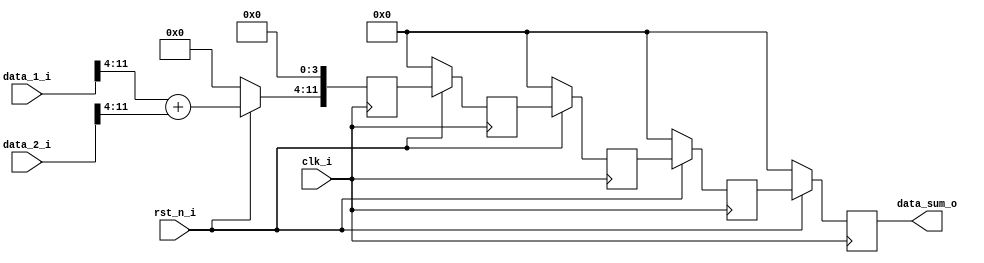
//**************************************************************************************************
// Project/Product : IDCT
// Description     : Inverse Discrete Cosine Transform 
//                   row and column 1D IDCT operation 
//                   with 3 stage pipeline in each 1D IDCT
// Dependencies    : global_defs.v, global_func.v, synch_fifo.v
// References      : 
//
//**************************************************************************************************
   
`timescale 1ns / 1ps

module add_12(
	clk_i,
	rst_n_i,

	data_1_i,
	data_2_i,
	data_sum_o
);


//----------------------------------------------------------------------------------------------------------------------
// Global constant and function headers
//----------------------------------------------------------------------------------------------------------------------

//----------------------------------------------------------------------------------------------------------------------
// parameter definitions
//----------------------------------------------------------------------------------------------------------------------

//----------------------------------------------------------------------------------------------------------------------
// localparam definitions
//----------------------------------------------------------------------------------------------------------------------

//----------------------------------------------------------------------------------------------------------------------
// I/O signals
//----------------------------------------------------------------------------------------------------------------------

	// System Clock Signals
	input 															clk_i;
	input 															rst_n_i;

	input 				[11:0] 										data_1_i;
	input 				[11:0] 										data_2_i;
	output 	reg 		[11:0] 										data_sum_o;

//----------------------------------------------------------------------------------------------------------------------
// Internal wires and registers
//----------------------------------------------------------------------------------------------------------------------
			
	reg 				[11:0] 										r_add_1;
	reg 				[11:0] 										r_add_2;
	reg 				[11:0] 										r_add_3;
	reg 				[11:0] 										r_add_4;

	reg 															r_skip;

//----------------------------------------------------------------------------------------------------------------------
// Implmentation
//----------------------------------------------------------------------------------------------------------------------

	always @(posedge clk_i) begin 
		if(~rst_n_i) begin
			r_add_1 <= 0;
		end 
		else begin
			r_add_1[11:4] <= data_1_i[11:4] + data_2_i[11:4];
			r_add_1[3:0] <= 0;
		end
	end
//  
	  always @(posedge clk_i) begin : ADD_1
	  	if(~rst_n_i) begin
	  		r_add_2 <= 0;
	  		r_add_3 <= 0;
			r_add_4 <= 0;
	  	end 
	  	else begin
	  		r_add_2 <= r_add_1;
	  		r_add_3 <= r_add_2;
			r_add_4 <= r_add_3;
	  	end
	  end
//  
	  always @(posedge clk_i) begin : SUM
	  	if(~rst_n_i) begin
	  		data_sum_o <= 0;
	  	end 
	  	else begin
	  		data_sum_o <= r_add_4;
	  	end
	  end

//----------------------------------------------------------------------------------------------------------------------
// Sub module instantiation
//----------------------------------------------------------------------------------------------------------------------

	
endmodule